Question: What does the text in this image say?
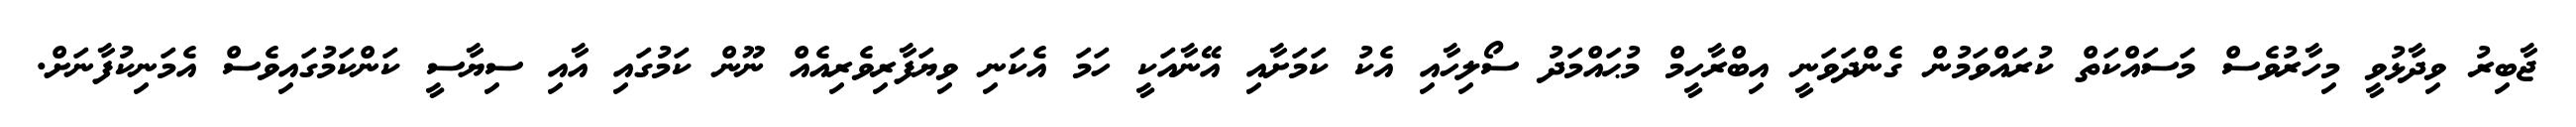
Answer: ޖާބިރު ވިދާޅުވީ މިހާރުވެސް މަސައްކަތް ކުރައްވަމުން ގެންދަވަނީ އިބްރާހީމް މުޙައްމަދު ސޯލިހާއި އެކު ކަމަށާއި އޭނާއަކީ ހަމަ އެކަނި ވިޔަފާރިވެރިއެއް ނޫން ކަމުގައި އާއި ސިޔާސީ ކަންކަމުގައިވެސް އެމަނިކުފާނަށް.